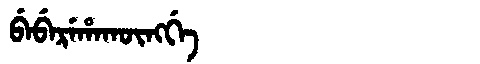
Manchu: ᠪᡝᠪᡝᡵᡝᡥᠠᡴᡡᠩᡤᡝ
Romanization: BEBEREHAKŪNGGE